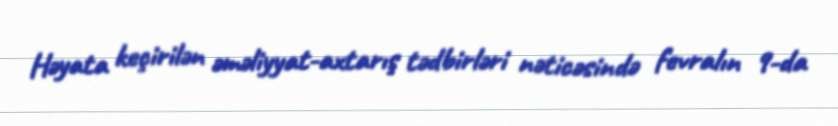
Həyata keçirilən əməliyyat-axtarış tədbirləri nəticəsində fevralın 9-da